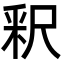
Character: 釈